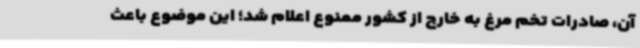
آن، صادرات تخم مرغ به خارج از کشور ممنوع اعلام شد؛ این موضوع باعث